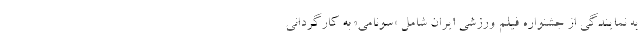
به نمایندگی از جشنواره فیلم ورزشی ایران شامل «سونامی» به کارگردانی